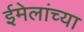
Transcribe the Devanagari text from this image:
ईमेलांच्या